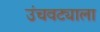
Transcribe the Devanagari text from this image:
उंचवट्याला